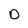
Character: D